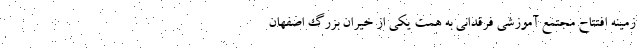
زمینه افتتاح مجتمع آموزشی فرقدانی به همت یکی از خیران بزرگ اصفهان